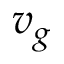
v _ { g }